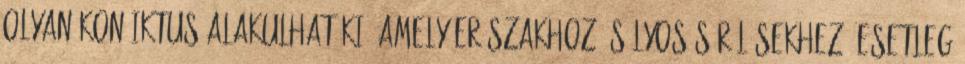
olyan konﬂiktus alakulhat ki, amely erőszakhoz, súlyos sérülésekhez, esetleg